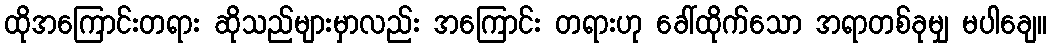
ထိုအကြောင်းတရား ဆိုသည်များမှာလည်း အကြောင်း တရားဟု ခေါ်ထိုက်သော အရာတစ်ခုမျှ မပါချေ။